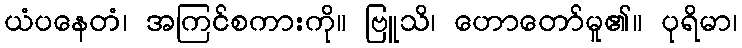
ယံပနေတံ၊ အကြင်စကားကို။ ဗြူသိ၊ ဟောတော်မူ၏။ ပုရိမာ၊